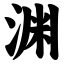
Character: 渊